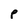
Character: p